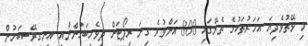
މި ވޭތުވެދިޔަ އަހަރުތަކުގެ ތެރޭގައި 800 އަށްވުރެ ގިނަ ރިޕޯޓަށް ދިވެހިބަހުންނާއި އިނގިރޭސިބަހުން